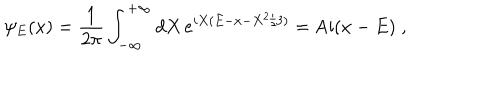
LaTeX: \psi _ { E } ( x ) = \frac { 1 } { 2 \pi } \int _ { - \infty } ^ { + \infty } d X \, e ^ { i X ( E - x - X ^ { 2 } / 3 ) } = \mathrm { A i } ( x - E ) \; ,